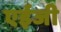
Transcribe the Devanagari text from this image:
एईजी